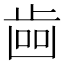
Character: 𣥼